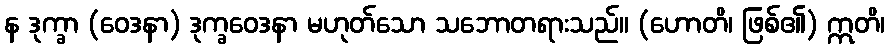
န ဒုက္ခာ (ဝေဒနာ) ဒုက္ခဝေဒနာ မဟုတ်သော သဘောတရားသည်။ (ဟောတိ၊ ဖြစ်၏) ဣတိ၊